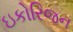
ઇકોરિજન